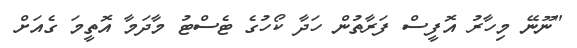
"ނޫނޭ މިހާރު އޮފީސް ފަރާތުން ހަދާ ކޯހުގެ ޓެސްޓު މާދަމާ އޮތީމަ ގެއަށް